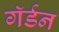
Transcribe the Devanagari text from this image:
गॅर्डन